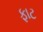
ફાટ